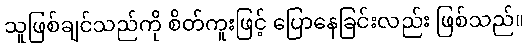
သူဖြစ်ချင်သည်ကို စိတ်ကူးဖြင့် ပြောနေခြင်းလည်း ဖြစ်သည်။